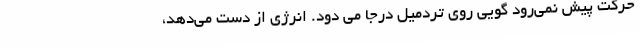
حرکت پیش نمی‌رود گویی روی تردمیل درجا می دود. انرژی از دست می‌دهد،